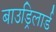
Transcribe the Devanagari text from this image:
बाउड्रिलार्ड